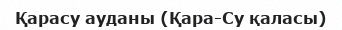
Қарасу ауданы (Қара-Су қаласы)